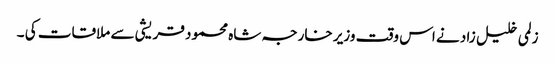
زلمی خلیل زاد نے اس وقت وزیر خارجہ شاہ محمود قریشی سے ملاقات کی ۔